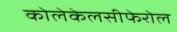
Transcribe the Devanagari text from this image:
कोलेकेलसीफेरोल